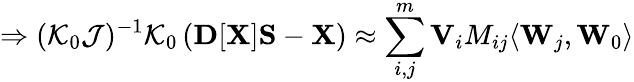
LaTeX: \Rightarrow({\cal K}_{0}{\cal J})^{-1}{\cal K}_{0}\left({\mathbf D}[{\mathbf X}]{\mathbf S}-{\mathbf X}\right)\approx\sum_{i,j}^{m}{\mathbf V}_{i}M_{ij}\langle{\mathbf W}_{j},{\mathbf W}_{0}\rangle